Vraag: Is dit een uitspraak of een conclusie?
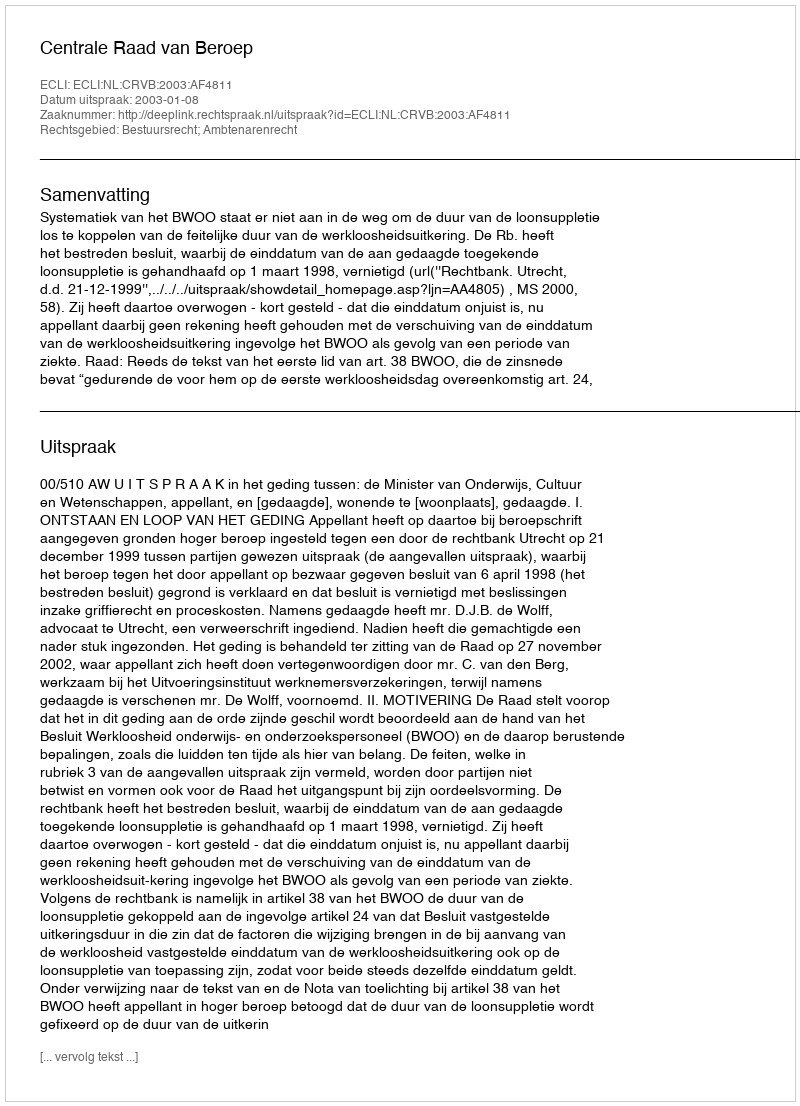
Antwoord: Uitspraak